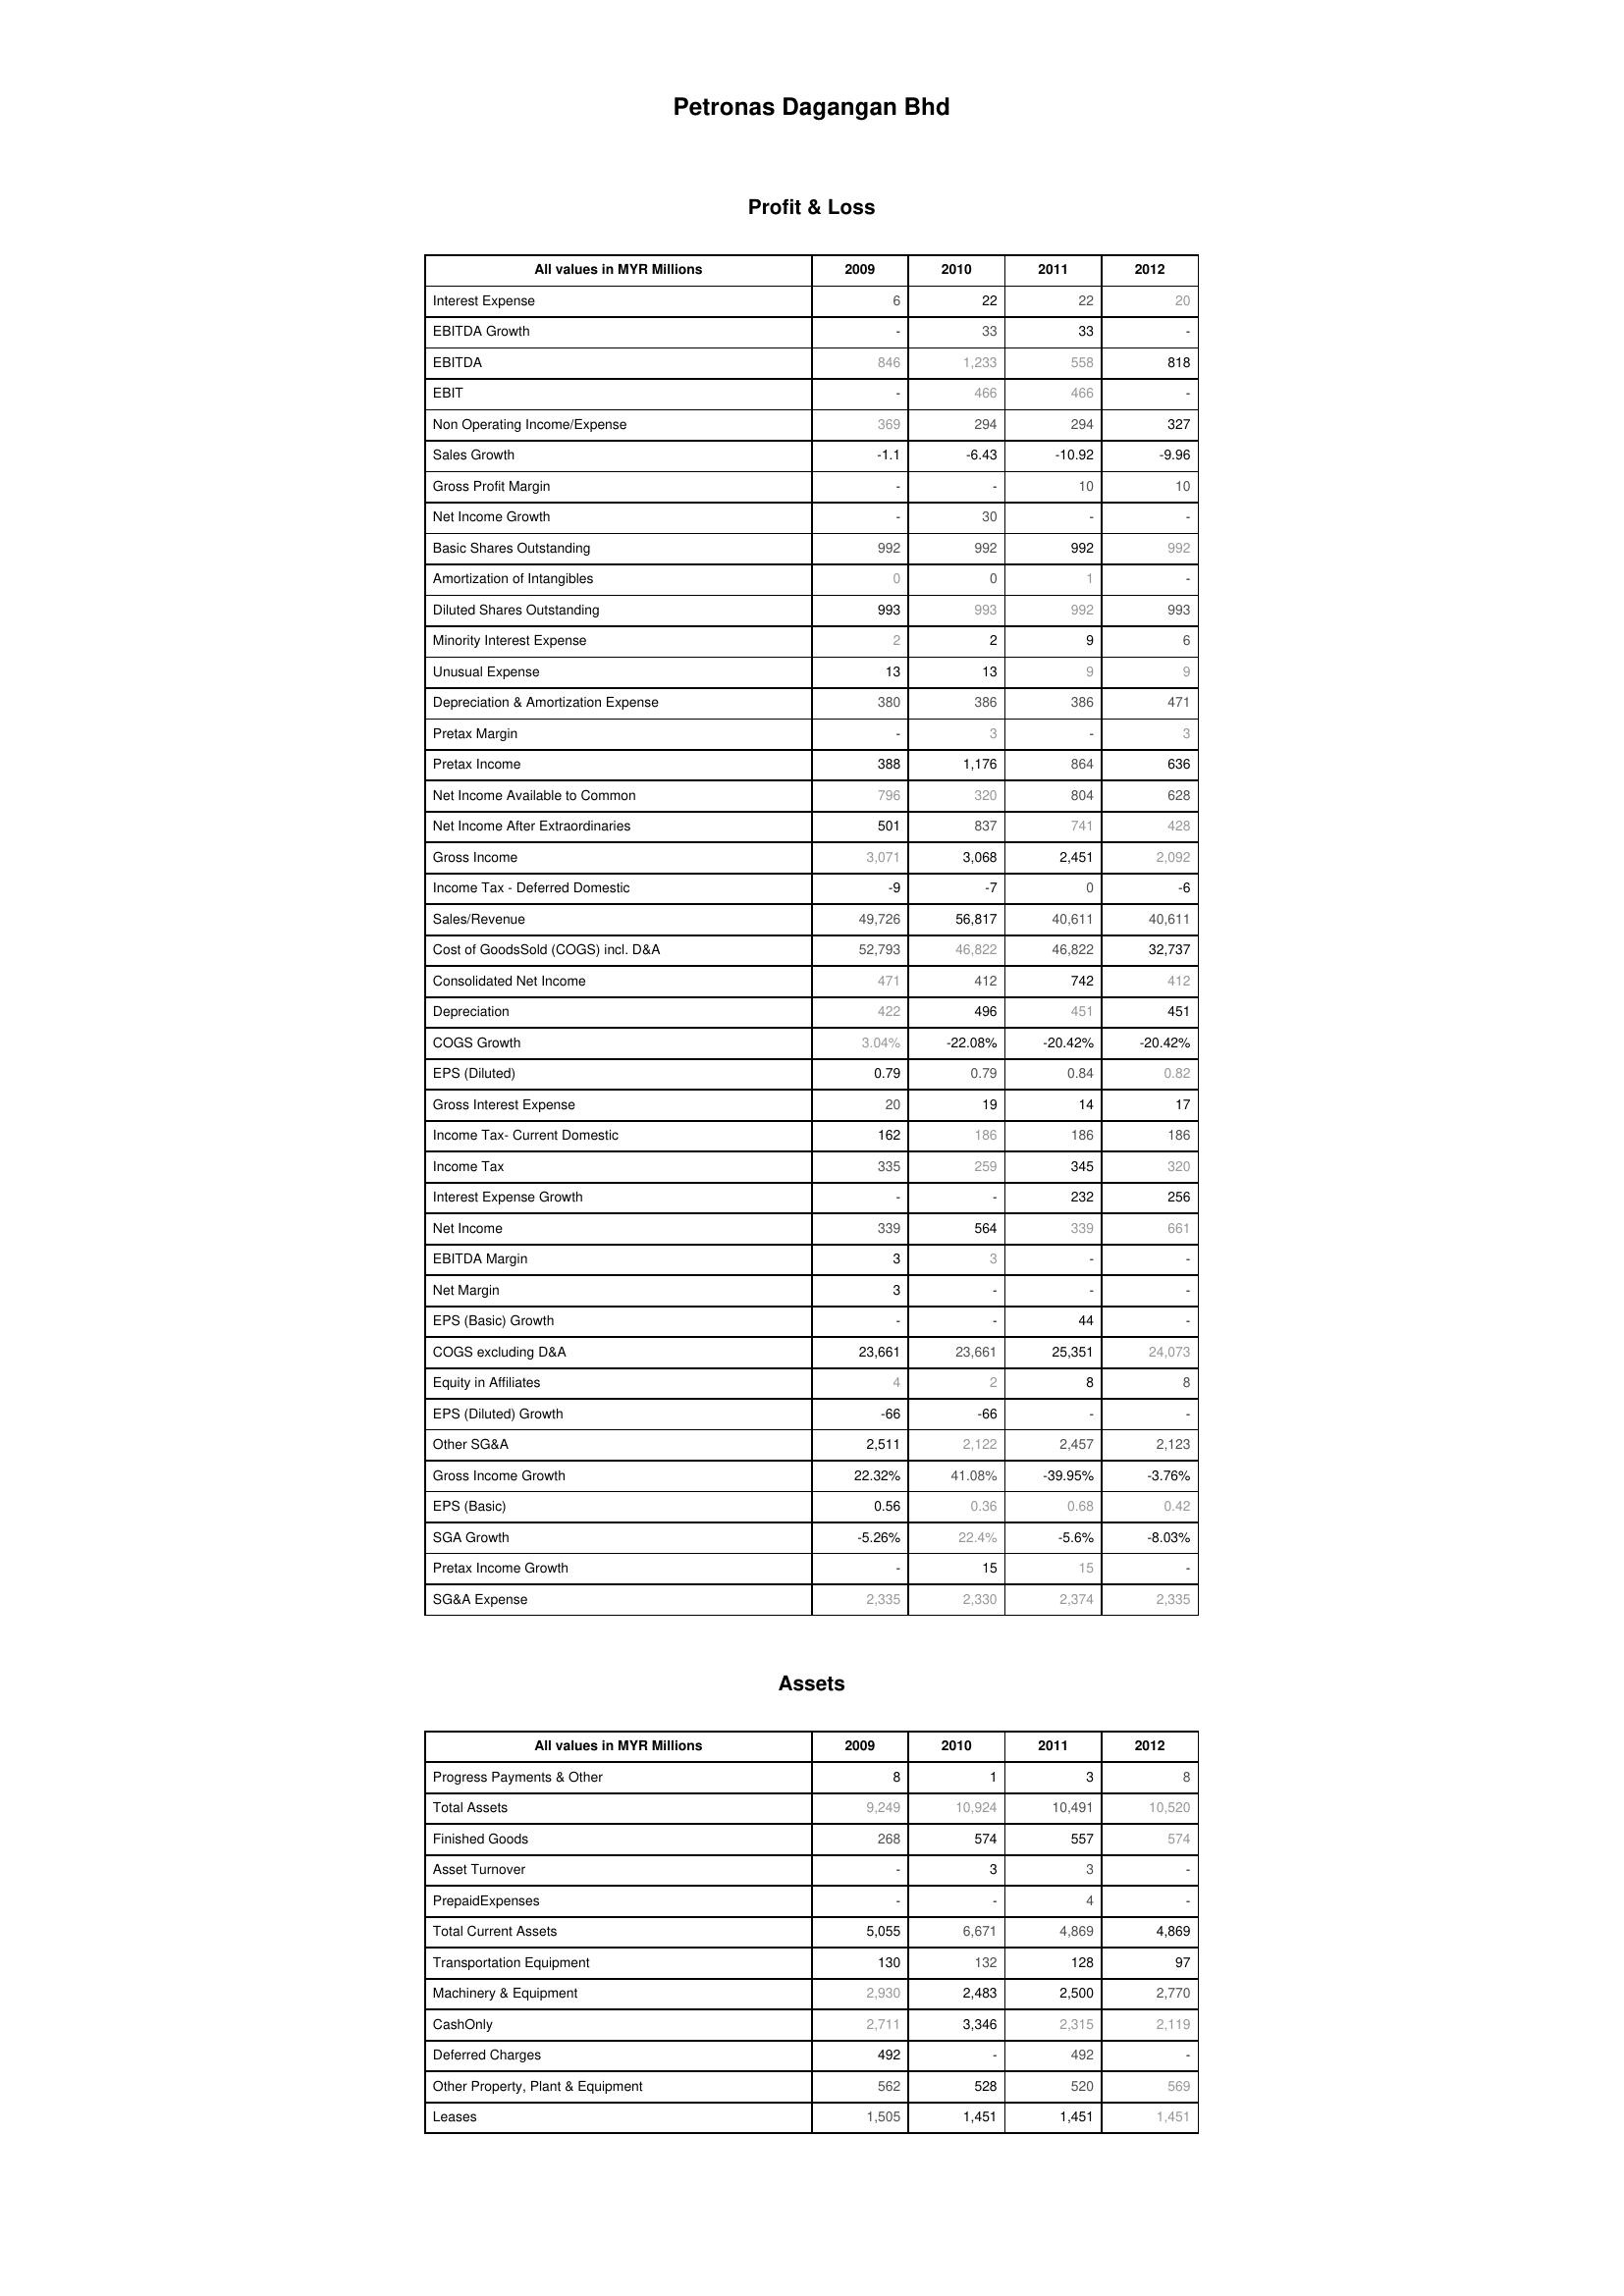
2009: Profit & Loss: Interest Expense: 6
EBITDA Growth: -
EBITDA: 846
EBIT: -
Non Operating Income/Expense: 369
Sales Growth: -1.1
Gross Profit Margin: -
Net Income Growth: -
Basic Shares Outstanding: 992
Amortization of Intangibles: 0
Diluted Shares Outstanding: 993
Minority Interest Expense: 2
Unusual Expense: 13
Depreciation & Amortization Expense: 380
Pretax Margin: -
Pretax Income: 388
Net Income Available to Common: 796
Net Income After Extraordinaries: 501
Gross Income: 3,071
Income Tax - Deferred Domestic: -9
Sales/Revenue: 49,726
Cost of GoodsSold (COGS) incl. D&A: 52,793
Consolidated Net Income: 471
Depreciation: 422
COGS Growth: 3.04%
EPS (Diluted): 0.79
Gross Interest Expense: 20
Income Tax- Current Domestic: 162
Income Tax: 335
Interest Expense Growth: -
Net Income: 339
EBITDA Margin: 3
Net Margin: 3
EPS (Basic) Growth: -
COGS excluding D&A: 23,661
Equity in Affiliates: 4
EPS (Diluted) Growth: -66
Other SG&A: 2,511
Gross Income Growth: 22.32%
EPS (Basic): 0.56
SGA Growth: -5.26%
Pretax Income Growth: -
SG&A Expense: 2,335
Assets: Progress Payments & Other: 8
Total Assets: 9,249
Finished Goods: 268
Asset Turnover: -
PrepaidExpenses: -
Total Current Assets: 5,055
Transportation Equipment: 130
Machinery & Equipment: 2,930
CashOnly: 2,711
Deferred Charges: 492
Other Property, Plant & Equipment: 562
Leases: 1,505
2010: Profit & Loss: Interest Expense: 22
EBITDA Growth: 33
EBITDA: 1,233
EBIT: 466
Non Operating Income/Expense: 294
Sales Growth: -6.43
Gross Profit Margin: -
Net Income Growth: 30
Basic Shares Outstanding: 992
Amortization of Intangibles: 0
Diluted Shares Outstanding: 993
Minority Interest Expense: 2
Unusual Expense: 13
Depreciation & Amortization Expense: 386
Pretax Margin: 3
Pretax Income: 1,176
Net Income Available to Common: 320
Net Income After Extraordinaries: 837
Gross Income: 3,068
Income Tax - Deferred Domestic: -7
Sales/Revenue: 56,817
Cost of GoodsSold (COGS) incl. D&A: 46,822
Consolidated Net Income: 412
Depreciation: 496
COGS Growth: -22.08%
EPS (Diluted): 0.79
Gross Interest Expense: 19
Income Tax- Current Domestic: 186
Income Tax: 259
Interest Expense Growth: -
Net Income: 564
EBITDA Margin: 3
Net Margin: -
EPS (Basic) Growth: -
COGS excluding D&A: 23,661
Equity in Affiliates: 2
EPS (Diluted) Growth: -66
Other SG&A: 2,122
Gross Income Growth: 41.08%
EPS (Basic): 0.36
SGA Growth: 22.4%
Pretax Income Growth: 15
SG&A Expense: 2,330
Assets: Progress Payments & Other: 1
Total Assets: 10,924
Finished Goods: 574
Asset Turnover: 3
PrepaidExpenses: -
Total Current Assets: 6,671
Transportation Equipment: 132
Machinery & Equipment: 2,483
CashOnly: 3,346
Deferred Charges: -
Other Property, Plant & Equipment: 528
Leases: 1,451
2011: Profit & Loss: Interest Expense: 22
EBITDA Growth: 33
EBITDA: 558
EBIT: 466
Non Operating Income/Expense: 294
Sales Growth: -10.92
Gross Profit Margin: 10
Net Income Growth: -
Basic Shares Outstanding: 992
Amortization of Intangibles: 1
Diluted Shares Outstanding: 992
Minority Interest Expense: 9
Unusual Expense: 9
Depreciation & Amortization Expense: 386
Pretax Margin: -
Pretax Income: 864
Net Income Available to Common: 804
Net Income After Extraordinaries: 741
Gross Income: 2,451
Income Tax - Deferred Domestic: 0
Sales/Revenue: 40,611
Cost of GoodsSold (COGS) incl. D&A: 46,822
Consolidated Net Income: 742
Depreciation: 451
COGS Growth: -20.42%
EPS (Diluted): 0.84
Gross Interest Expense: 14
Income Tax- Current Domestic: 186
Income Tax: 345
Interest Expense Growth: 232
Net Income: 339
EBITDA Margin: -
Net Margin: -
EPS (Basic) Growth: 44
COGS excluding D&A: 25,351
Equity in Affiliates: 8
EPS (Diluted) Growth: -
Other SG&A: 2,457
Gross Income Growth: -39.95%
EPS (Basic): 0.68
SGA Growth: -5.6%
Pretax Income Growth: 15
SG&A Expense: 2,374
Assets: Progress Payments & Other: 3
Total Assets: 10,491
Finished Goods: 557
Asset Turnover: 3
PrepaidExpenses: 4
Total Current Assets: 4,869
Transportation Equipment: 128
Machinery & Equipment: 2,500
CashOnly: 2,315
Deferred Charges: 492
Other Property, Plant & Equipment: 520
Leases: 1,451
2012: Profit & Loss: Interest Expense: 20
EBITDA Growth: -
EBITDA: 818
EBIT: -
Non Operating Income/Expense: 327
Sales Growth: -9.96
Gross Profit Margin: 10
Net Income Growth: -
Basic Shares Outstanding: 992
Amortization of Intangibles: -
Diluted Shares Outstanding: 993
Minority Interest Expense: 6
Unusual Expense: 9
Depreciation & Amortization Expense: 471
Pretax Margin: 3
Pretax Income: 636
Net Income Available to Common: 628
Net Income After Extraordinaries: 428
Gross Income: 2,092
Income Tax - Deferred Domestic: -6
Sales/Revenue: 40,611
Cost of GoodsSold (COGS) incl. D&A: 32,737
Consolidated Net Income: 412
Depreciation: 451
COGS Growth: -20.42%
EPS (Diluted): 0.82
Gross Interest Expense: 17
Income Tax- Current Domestic: 186
Income Tax: 320
Interest Expense Growth: 256
Net Income: 661
EBITDA Margin: -
Net Margin: -
EPS (Basic) Growth: -
COGS excluding D&A: 24,073
Equity in Affiliates: 8
EPS (Diluted) Growth: -
Other SG&A: 2,123
Gross Income Growth: -3.76%
EPS (Basic): 0.42
SGA Growth: -8.03%
Pretax Income Growth: -
SG&A Expense: 2,335
Assets: Progress Payments & Other: 8
Total Assets: 10,520
Finished Goods: 574
Asset Turnover: -
PrepaidExpenses: -
Total Current Assets: 4,869
Transportation Equipment: 97
Machinery & Equipment: 2,770
CashOnly: 2,119
Deferred Charges: -
Other Property, Plant & Equipment: 569
Leases: 1,451